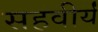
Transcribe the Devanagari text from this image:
सहवीर्यं